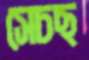
সেচছ